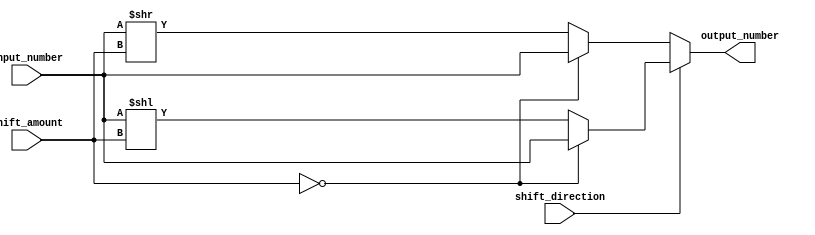
module Barrel_Shifter (
    input [7:0] input_number,
    input [2:0] shift_amount,
    input shift_direction,
    output reg [7:0] output_number
);

always @ (*) begin
    if (shift_direction) begin // Shift left
        if (shift_amount == 0) begin
            output_number = input_number;
        end else begin
            output_number = input_number << shift_amount;
        end
    end else begin // Shift right
        if (shift_amount == 0) begin
            output_number = input_number;
        end else begin
            output_number = input_number >> shift_amount;
        end
    end
end

endmodule